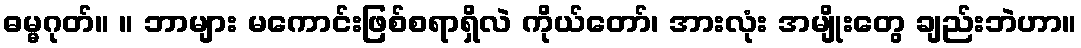
ဓမ္မဂုတ်။ ။ ဘာများ မကောင်းဖြစ်စရာရှိလဲ ကိုယ်တော်၊ အားလုံး အမျိုးတွေ ချည်းဘဲဟာ။